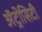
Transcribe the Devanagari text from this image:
अॅट्रोसिटी